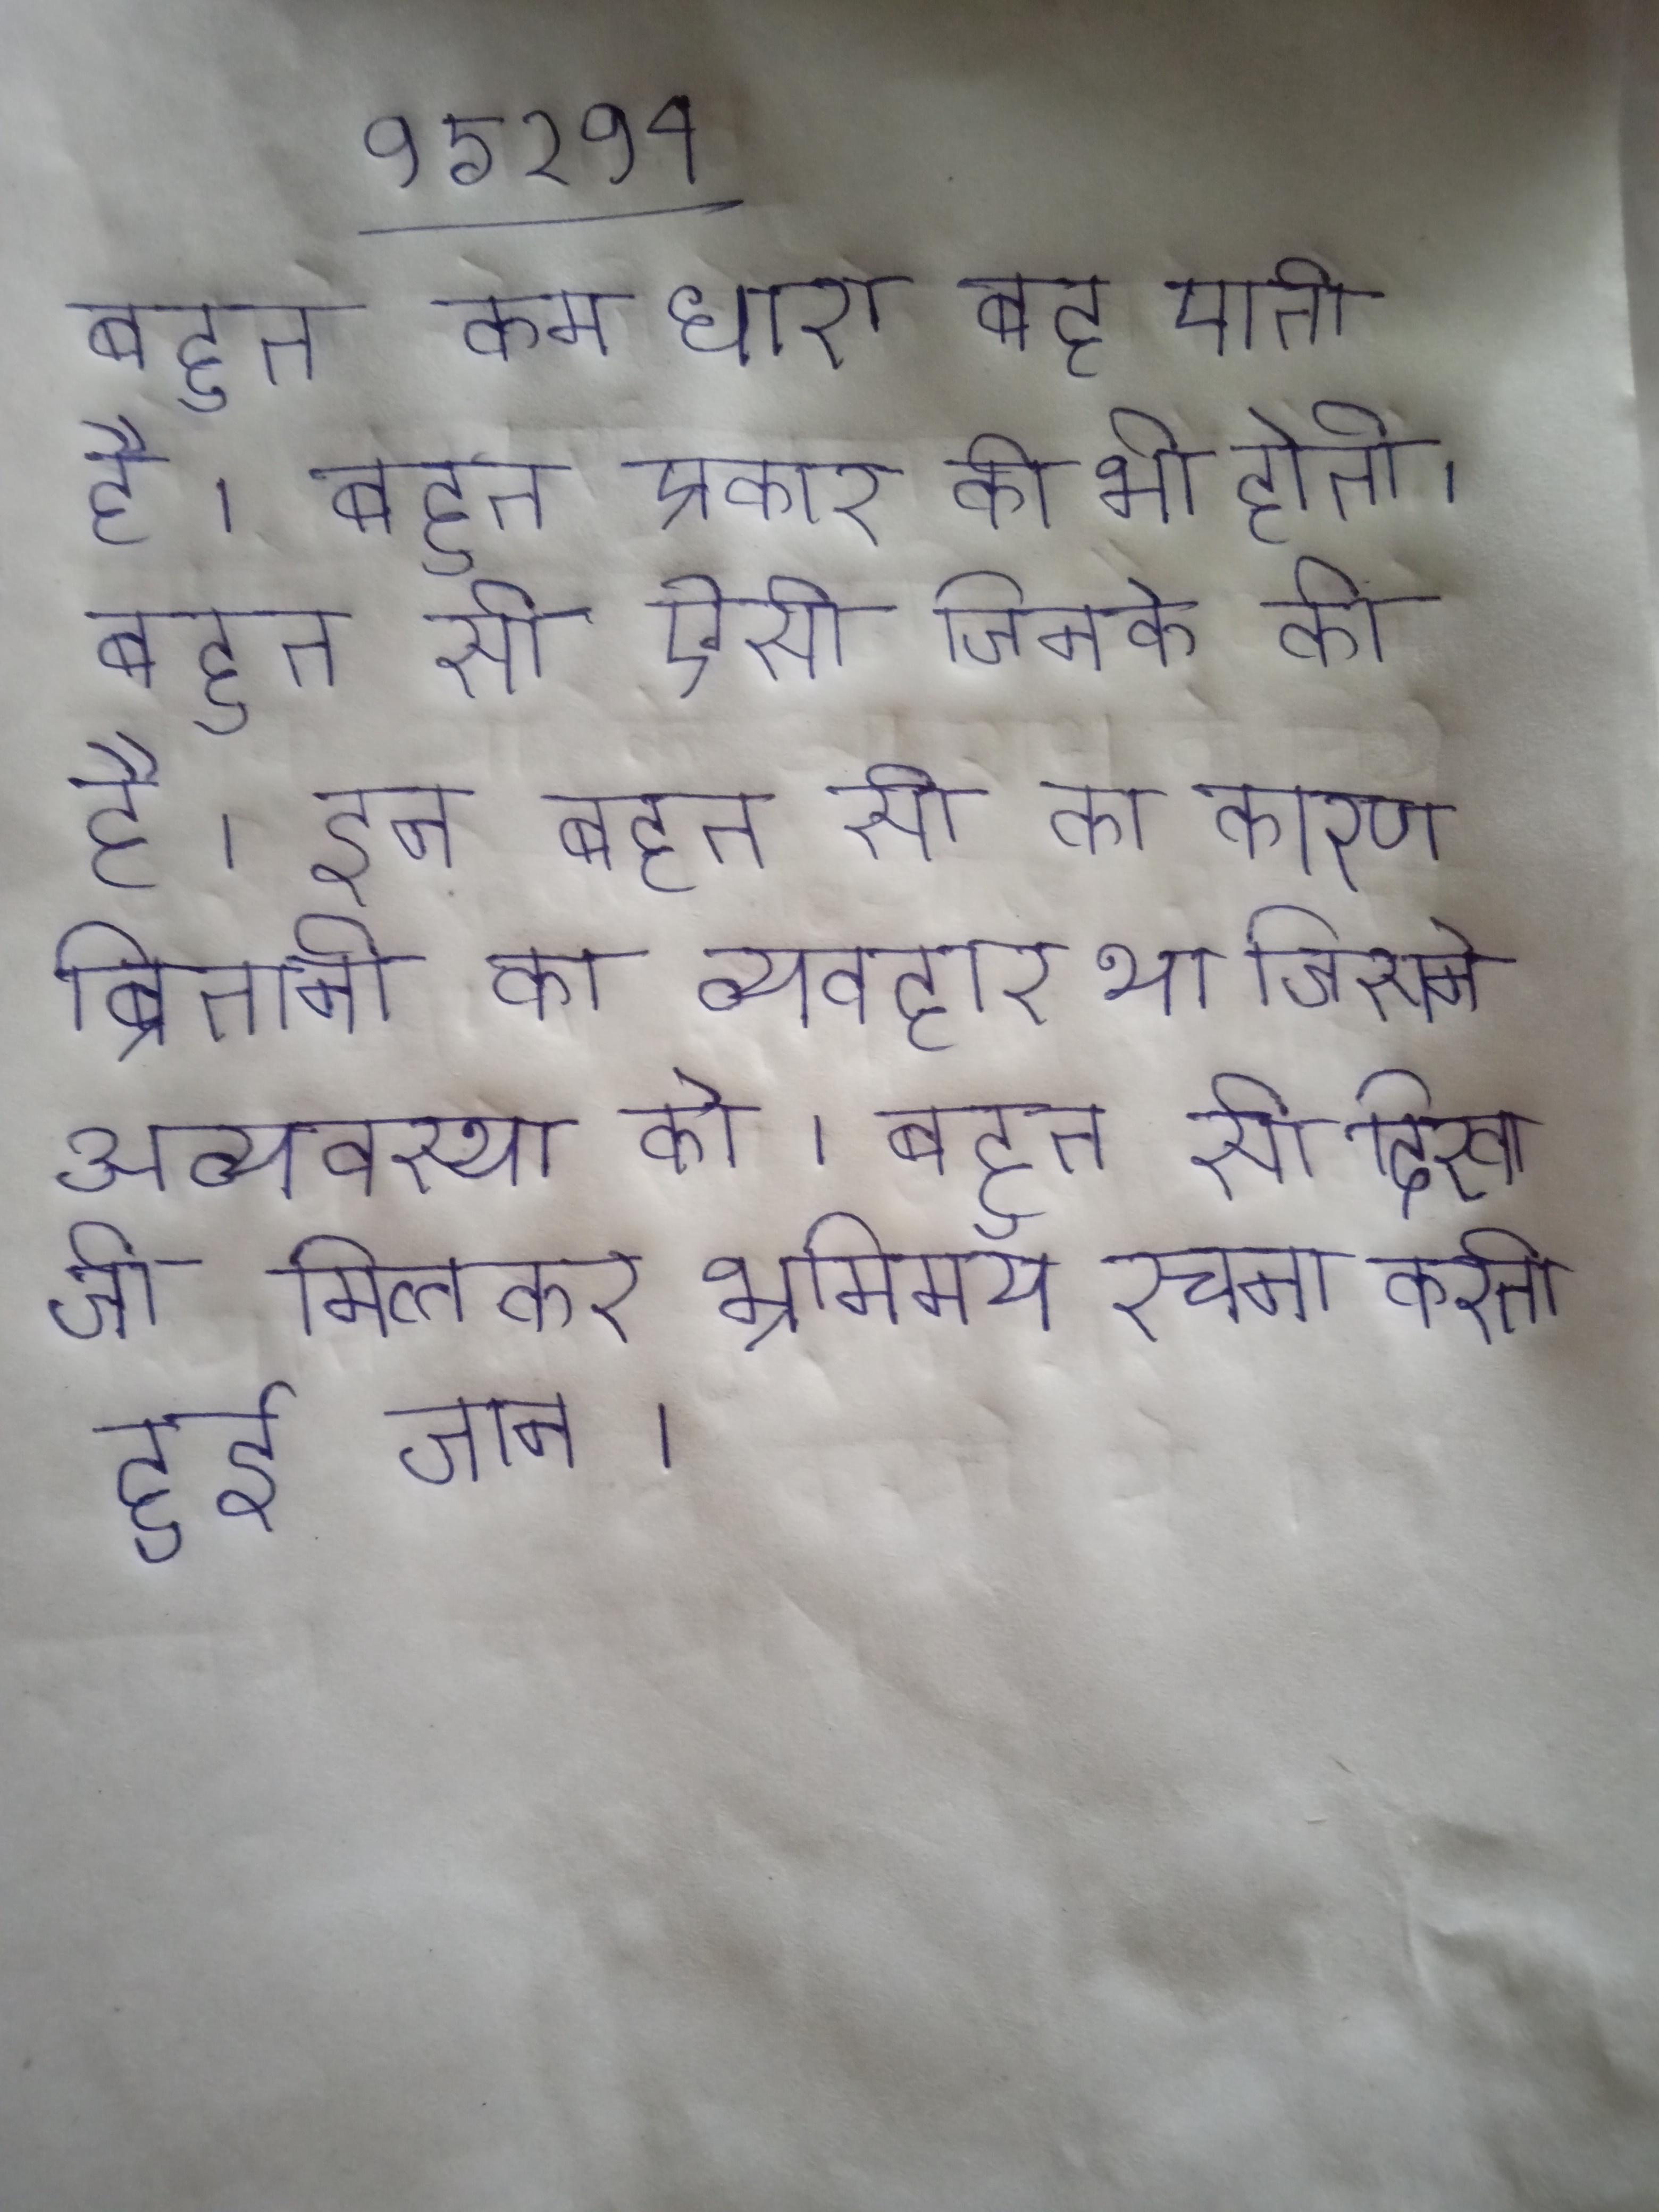
बहुत कम धारा बह पाती है । बहुत प्रकार की भी होती । बहुत सी ऐसी जिनके की है । इन बहुत सी का कारण ब्रितानी का व्यवहार था जिसने अव्यवस्था को । बहुत सी दिखाई जो मिलकर भ्रमिमय रचना करती हुई जान ।